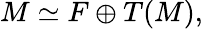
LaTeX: M\simeq F\oplus T(M),